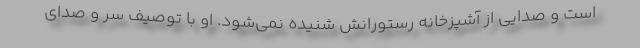
است و صدایی از آشپزخانه رستورانش شنیده نمی‌شود. او با توصیف سر و صدای